Rules regarding the measures to be adopted on the outbreak of cholera or appearance of small-pox
Disease focus: Cholera
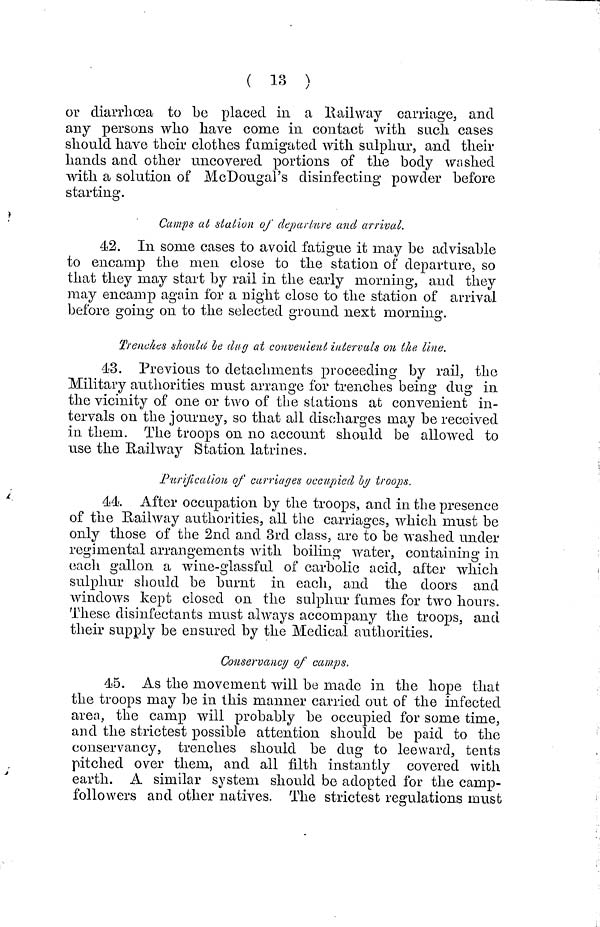
( 13 )
or diarrhoea to be placed in a Railway carriage, and
any persons who have come in contact with such cases
should have their clothes fumigated with sulphur, and their
hands and other uncovered portions of the body washed
with a solution of McDougal's disinfecting powder before
starting.
Camps at station of departure and arrival,
42. In some cases to avoid fatigue it may be advisable
to encamp the men close to the station of departure, so
that they may start by rail in the early morning, and they
may encamp again for a night close to the station of arrival
before going on to the selected ground next morning.
Trenches should be dug at convenient intervals on the line.
43. Previous to detachments proceeding by rail, the
Military authorities must arrange for trenches being dug in
the vicinity of one or two of the stations at convenient in-
tervals on the journey, so that all discharges may be received
in them. The troops on no account should be allowed to
use the Railway Station latrines.
Purification of carriages occupied by troops.
44. After occupation by the troops, and in the presence
of the Railway authorities, all the carriages, which must be
only those of the 2nd and 3rd class, are to be washed under
regimental arrangements with boiling water, containing in
o
each gallon a wine-glassful of carbolic acid, after which
sulphur should be burnt in each, and the doors and
windows kept closed on the sulphur fumes for two hours.
These disinfectants must always accompany the troops, and
their supply be ensured by the Medical authorities.
Conservancy of camps.
45. As the movement will be made in the hope that
the troops may be in this manner carried out of the infected
aren, the camp will probably be occupied for some time,
and the strictest possible attention should be paid to the
conservancy, trenches should be dug to leeward, tents
pitched over them, and all fithl instantly covered with
earth. A similar system should be adopted for the camp-
followers and other natives. The strictest regulations must